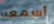
أسمعه